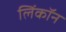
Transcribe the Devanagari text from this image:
लिंकॉन